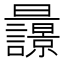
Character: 𣌚